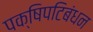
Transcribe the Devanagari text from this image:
पक्षिपटिबंधन